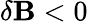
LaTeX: \delta\mathbf{B}<0